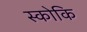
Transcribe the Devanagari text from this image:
स्कोकि